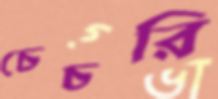
চেচরি